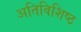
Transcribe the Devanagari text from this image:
अतिविशिष्ठ